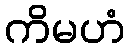
ကိမဟံ